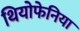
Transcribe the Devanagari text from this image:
थियोफेनिया